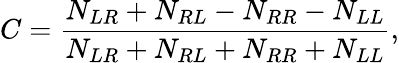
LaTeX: C={\frac{N_{LR}+N_{RL}-N_{RR}-N_{LL}}{N_{LR}+N_{RL}+N_{RR}+N_{LL}}},